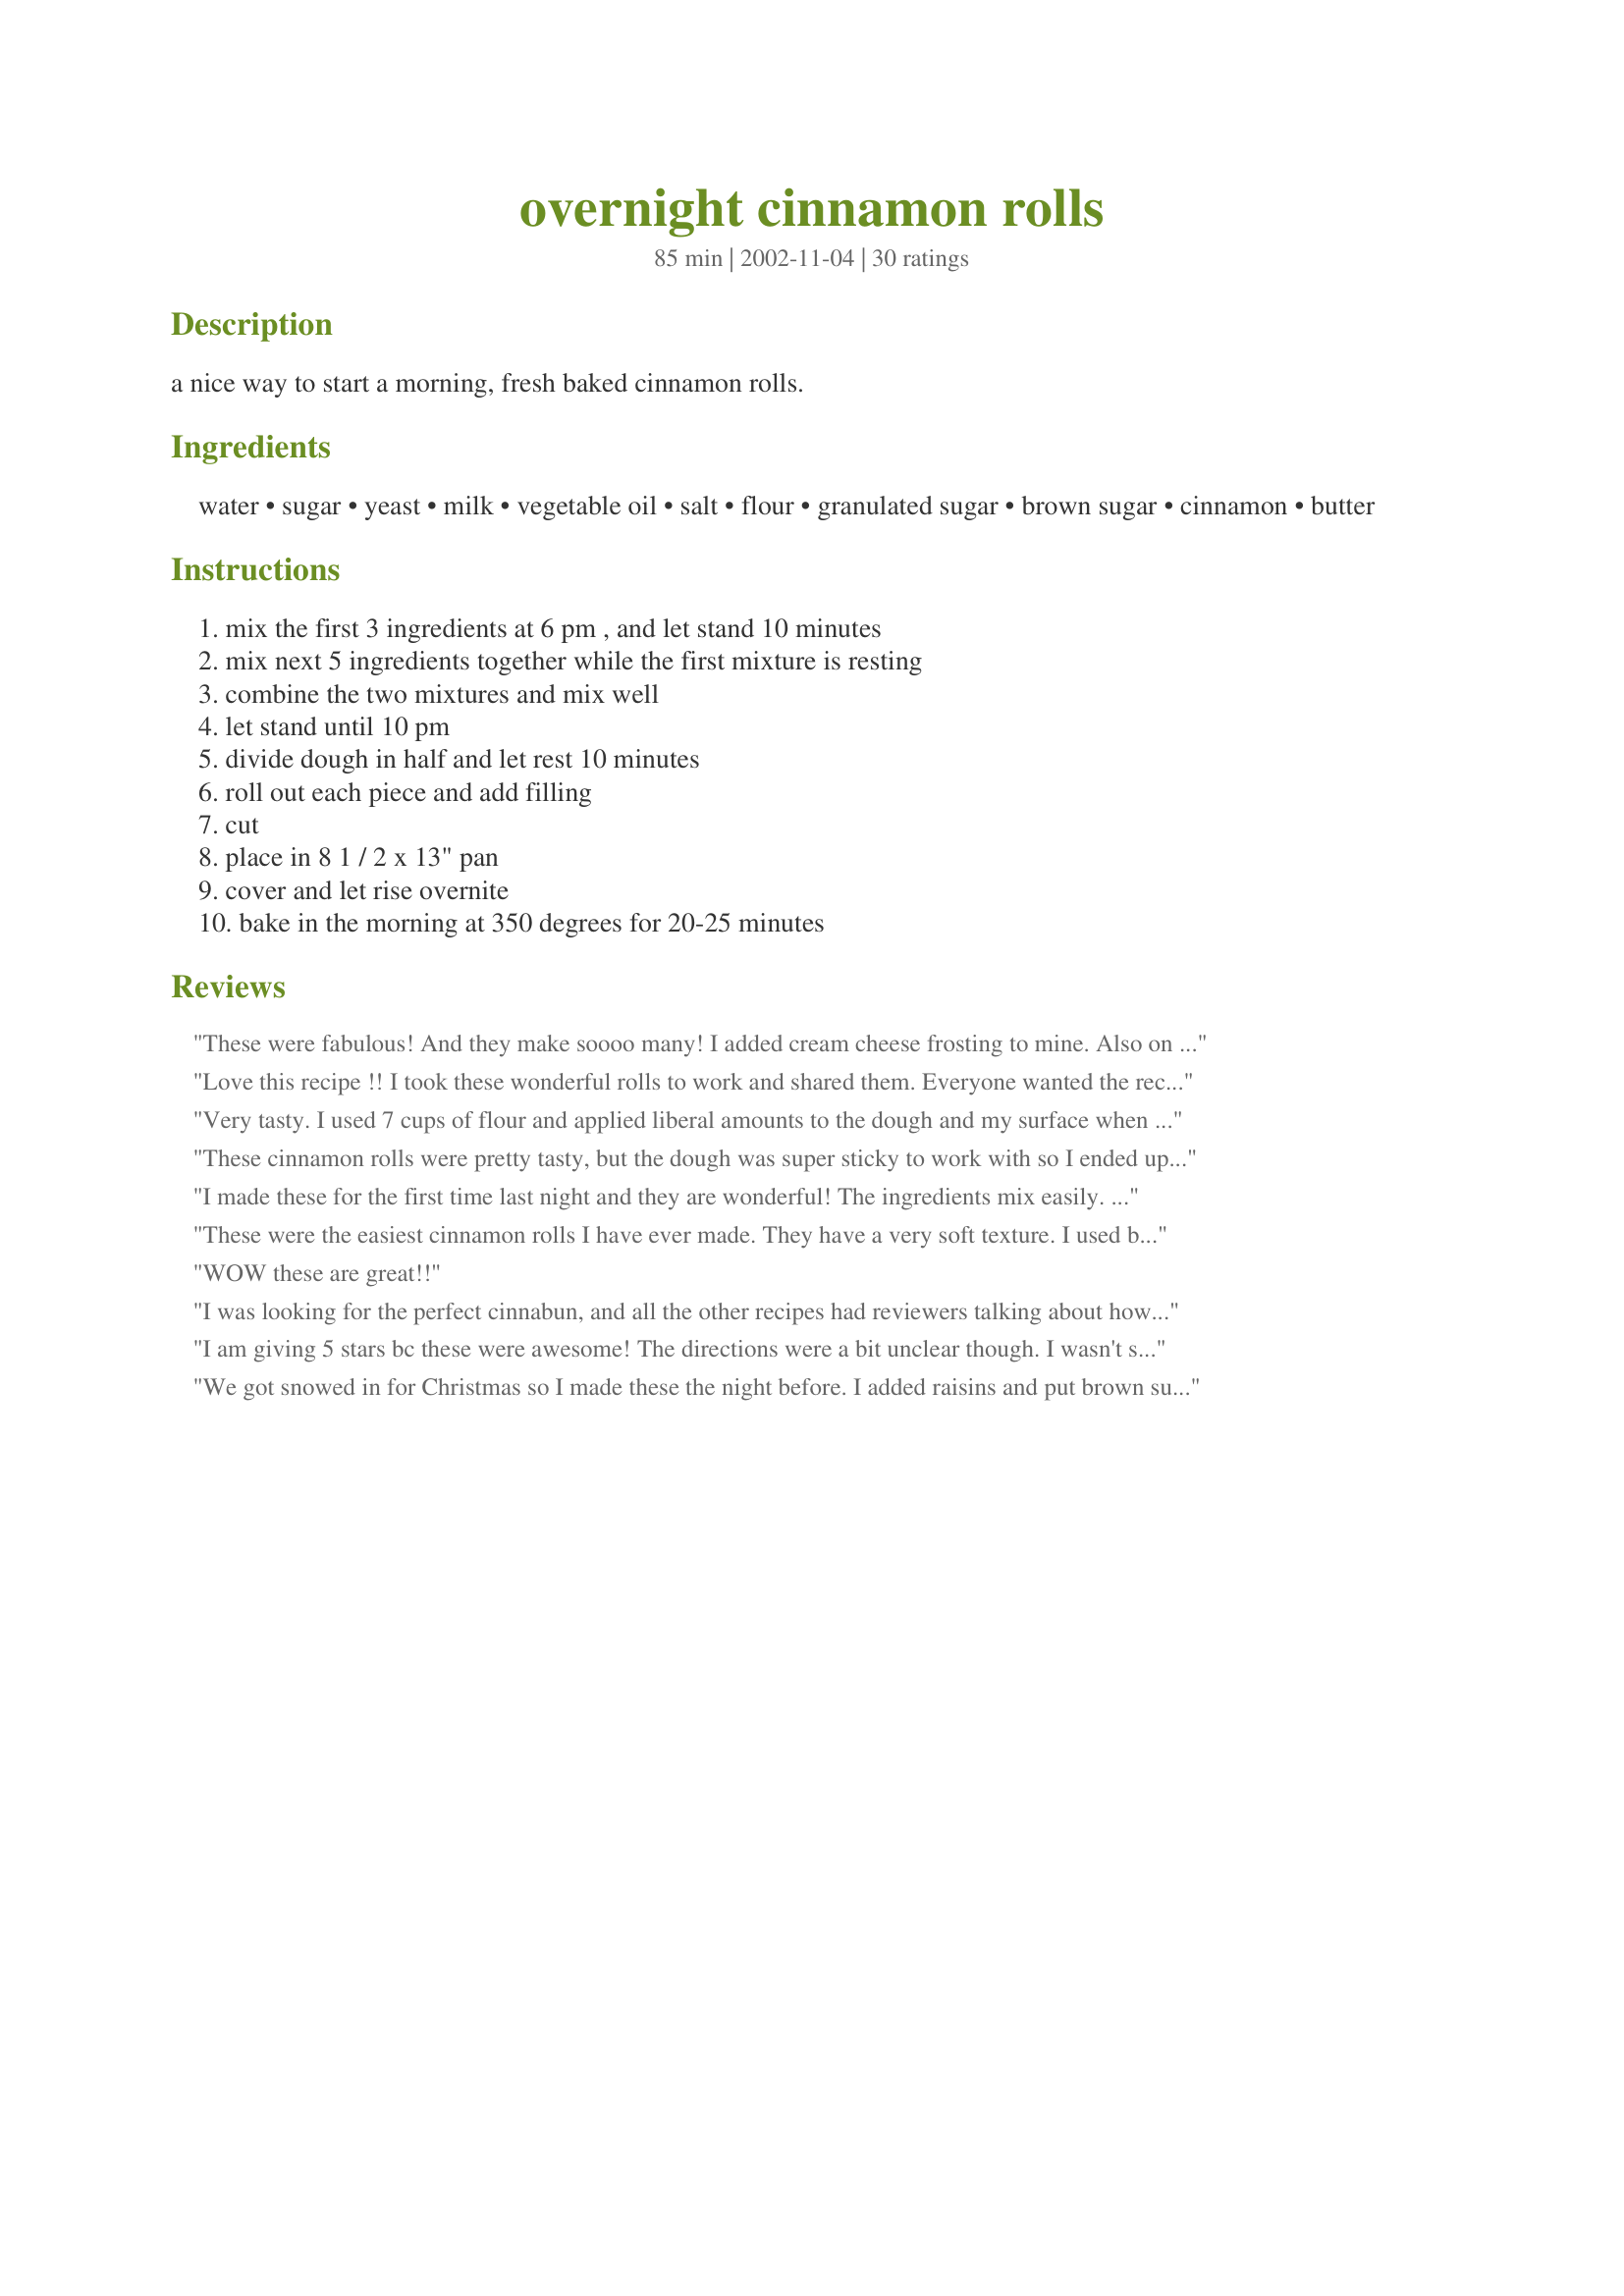
overnight cinnamon rolls
Preparation time: 85 minutes

a nice way to start a morning, fresh baked cinnamon rolls.

Ingredients:
water, sugar, yeast, milk, vegetable oil, salt, flour, granulated sugar, brown sugar, cinnamon, butter

Steps:
mix the first 3 ingredients at 6 pm , and let stand 10 minutes, mix next 5 ingredients together while the first mixture is resting, combine the two mixtures and mix well, let stand until 10 pm, divide dough in half and let rest 10 minutes, roll out each piece and add filling, cut, place in 8 1 / 2 x 13" pan, cover and let rise overnite, bake in the morning at 350 degrees for 20-25 minutes

Reviews:
These were fabulous! And they make soooo many! I added cream cheese frosting to mine. Also on half the batch I added chopped pecans and some caramel. Delicious! I loved simply popping them in the fridge in the morning. I do however wish there was further instruction as to what size to cut these because I had a LOT more then 10 rolls as the recipe stated, and I really had to squeeze them in the pan.
Love this recipe !! I took these wonderful rolls to work and shared them. Everyone wanted the recipe and, fought over taking the leftover rolls home ! ! I am planning to make them again soon !!
Very tasty. I used 7 cups of flour and applied liberal amounts to the dough and my surface when it came time to roll it because it was still very sticky. I used maybe half of the suggested amount of sugar in the filling and it was just sweet enough for me.
These cinnamon rolls were pretty tasty, but the dough was super sticky to work with so I ended up using a ton of extra flour so that I could add the filling and roll the dough. I was disappointed that the dough didn't right much, if at all, while it was in the refrigerator overnight but the rolls plumped up when they were in the oven but were still smaller than expected. I noticed that several of the other reviewers used the Rapid Rise yeast, which I didn't, so maybe that would have affected things. The cinnamon rolls ended up tasting good, especially after I topped them off with the Cinnabon cream cheese icing (Recipe #76864) so I would probably make them again.
I made these for the first time last night and they are wonderful! The ingredients mix easily. I followed the timing precisely and found that the dough rose beautifully. (I should mention that I turned the mixed dough out onto my countertop and kneaded it for 8 minutes after mixing, then removed it to an oiled bowl to let it rise.) The rolls are velvety smooth and soft and the brown sugar in the filling gives them a really rich flavor. It was so much better to make them the night before, and they rose in the refrigerator just to the top of my pan.

However, I can only give the recipe 4 stars because, as others indicated, the directions are incomplete and a bit unclear. I did the following:
1) I used 1-1/2 Tbsp cinnamon and 4 Tbsp melted butter in the filling (plus the two sugars)
2) I rolled each half out to a 9 x 18 rectangle, rolled them up into 9-inch long logs, then cut each into 1-1/2 inch pieces, giving a total of 12. Also, if you're confused, the recipe makes a single 9 x 13 pan, unless you like very short rolls.
3) I found that I had to cook them a lot longer than recommended, 35 minutes, and even then they might have been a bit underdone, depending on how gooey you like your cinnamon rolls. I covered them for the last 10 minutes to avoid overbrowning the tops
4) I made icing for mine, which I think most people would expect:
2 C powdered sugar
2 tsp vanilla
dash salt
4 Tbsp hot water
These were the easiest cinnamon rolls I have ever made. They have a very soft texture. I used bread flour & rapid rise yeast and had a very nice dough. I did knead on bread board for a couple minutes to smooth & mix more thoroughly. I baked for 27 minutes & middle rolls were not cooked enough. I might try using 2 smaller pans with 6 rolls each or bake 35 min. for the 9 x 13 pan. I took them to work & they were a big hit. Great recipe.
WOW these are great!!
I was looking for the perfect cinnabun, and all the other recipes had reviewers talking about how wonderful the cinnamon rolls were because they were soft and gooey in the middle. Yick! I want bread not dough! I tried this recipe, and this was actually my second time making it. It turned out great, but consider half-ing it if you don't have lots of people. We had to freeze some because we had way too many. Needs icing, but you can just mix milk and powdered sugar for that (a drop of vanilla and brown sugar help too). I just rubbed the butter on the dough with a knife when it came to that part of the recipe & only used a 1/4 of a cup.
I am giving 5 stars bc these were awesome! The directions were a bit unclear though. I wasn't sure if you left the dough in the same container it was mixed in for the first rest. I moved mine to a greased bowl and covered with a wet cloth. The dough was VERY sticky, I may have needed more flour, so I heavily floured my worktop for the second section bc the first stuck so badly. Worked great after that. I also was unsure of how much butter to use in the filling. So I followed the previous persons guide and used about 4 tbs per half. I just spread it on the dough as you would onto toast. I also wasn't sure if you should grease the baking pan so I did anyway and am glad I did bc I think they would have been solidly stuck. I had to work a bit to removed them from the pan, even with it being greased. I also used the cream cheese icing listed below and it was AWESOME! I will be making these again. This should be easy for even the most novice yeast dough/bread baker. Yummy!!!
Just to add my son is already begging me to make them again this week!

We didn't have anything to ice them with the last time I made them. THey are just as yummy naked. My kids ate them for three days at bf, they were in heaven, even without the sticky sweet topping.
We got snowed in for Christmas so I made these the night before. I added raisins and put brown sugar on top. They were excellent! My husband wanted sweeter so I made icing for the top. Next time I will add more brown sugar and cinnamon to the filling. Thanks for the recipe, it was my first attempt at cinnamon rolls from scratch :)
Very easy recipe.Well written instructions that I followed to the letter. The hardest part is waiting overnight! I made a thin powdered sugar frosting.
Yum! These rolls were delicious, and I love the ability to make them ahead of time.

Directions were a bit sketchy.

Also, I felt there was way too many rolls in the pan, and they did not cook in the time given. Next time I plan on making 18 rolls - using an 8x13" and a 9x9" pan. 12 rolls in the big pan, and 6 in the small one.

Thanks for sharing!
Fantastic rolls! I don't make cinnamon rolls that often because by the time I get them baked in the morning, the kids have long since left the kitchen. I have looked for an overnight recipe for true cinnamon rolls for sometime and might have known I'd find one here. This recipe worked really well for me. I used about 2-3 T butter on each half before adding the cinnamon sugar topping. Made 24 rolls which was a tight fit in a 9x13 pan. They rose beautifully in the fridge and were ready to go Christmas morning. Baking time was perfect at 25 minutes. I did add frosting, the recipe for which I stole from another recipe on this site: a stick of butter (8 T), 1 1/2 c powdered sugar, 1/4 c cream cheese, 1/2 t vanilla and 1/8 t salt. To die for and easy, what more could I ask? Thanks, podapo, for sharing your recipe!!
Gorgeous - especially the smell! Unfortunately I've never had these (I'm in UK which may explain it!) and had no idea what "cut" entailed! I found detailed instructions on #99272 - and also pinched the glaze recipe from there too! They remind me very much of Danish pastries. A great hit with the 3 of us, so thank you!
These were a big hit at my house. True, the recipe lacks some details, but experienced cooks will know what to do. I am amazed that the yield is supposed to be 10 rolls, because I made 36 rolls and they didn't all fit in a single jelly roll pan. If made into huge 10 rolls, they probably are dry, as some reviewers have commented. Made into 36 smaller rolls, they were just right, in my opinion. To make 36 rolls: pat the dough into a rectangle 36 x 12 inches and spread 1/2 cup of soft butter gently on the rectangle. Mix 1/2 cup granulated sugar, 1/2 cup brown sugar, and 2 tablespoons of cinnamon, sprinkle it over the entire surface and then rub or pat it into the butter. Carefully roll everything and pinch the end in place. Then cut 1 inch slices with a sharp knife and arrange in the pan of your choice, leaving 1/2 inch spaces all around to allow room for rising. These are not gooey rolls, so it is a good idea to lightly grease the bottom and sides of whatever baking pan(s) you use.
My first try at cinnamon rolls and they came out perfect! I had actually never made any kind of yeast bread before. This is an awesome recipe, I'll be using it a lot!
a good tasting cinnamon roll the brown sugar gives it a distinct taste. I loved being able to make this the night before as cinnamon rolls are a lot of work to do first thing in the morning. Recipe is a little unclear, not sure what pan to cook in, not sure what cinnamon butter is so I used 3 tablespoons of butter mixed with 2 teaspoons of cinnamon and I did not leave them out overnight I put them in the fridge as I was unsure. Easy recipe and wonderful smelling while baking. Definite 5 star with clearer directions. I also topped these with cream cheese frosting :)
These were tasty but a little dry. I noticed that on the bottom side of the rolls it looked pretty "ooey-gooey" so maybe more filling will make the difference. Next time I'll use more filling and see if that makes a difference. Also it was unusual to see the recipe called for adding the yeast water AFTER the warm milk and flour come together. It was difficult to mix in the yeast water at that stage. Next time I'll bring all the wet ingredients together before the flour. Overall, these were not as great as I wanted them to be but I loved the convenience of putting them together the night before and having them ready to bake in the a.m. I will definitely try this recipe again and I expect much better results.
I have made many cinnamon roll recipes that claim to be the best; however, this recipe has given me the best results of any of them. I use my bread machine dough cycle to make the dough. We have used this recipe for our Christmas morning cinnamon rolls for the past two years. I tend to make my rolls quite large, so they do have to be cooked a bit longer and covered with foil at some point to prevent overcooking the tops of them. Depending on how pressed for time I am, I will either make a frosting to go on these, or sometimes I'll just cheat and top them with some cream cheese frosting purchased from the store. I find it only takes half a tub (or less) of frosting if using store-bought, so I just freeze the rest of the frosting for the next time I make cinnamon rolls. Often, I'll feel guilty for sabotaging my diet with something so full of calories and fat, but these cinnamon rolls are so good that I don't even feel guilty occasionally having them. They are worth every calorie, making this a satisfying splurge! I don't make these too often, as we usually try to stick to healthier fare for breakfast; however, whenever something special is to be celebrated (holidays, graduations, etc.), these are what always gets made at our house. We love them, and any leftovers can be individually wrapped and frozen for some lucky person to grab later for a quick treat!
These were fantastic. I am familiar with yeast doughs so the the less than detailed instructions weren't an issue...and my batch made about 22 very generous sized rolls. I baked one immediately out of the oven and they were so delicious! I ACCIDENTALLY left the second pan on the counter while we went to church and when we returned (after about 4 hours at room temp) they were HUGE!!! I baked them and WOW. Chewy, tender GIANORMOUS cinnamon rolls. A family favorite every Sunday now...Thanks!
Po, you are sooooo right about starting the morning with these cinnamon rolls. WOW! Very, very, very, good! Made in deep dish pie plates and frozen one. Thanks for posting. Caroline
i used 3 cps whole wheat and 4 cps all purpose flour. I didnt need to add any flour to roll it out. I used 1/2 cp butter in the filling and spread that over each rolled out section before cutting it into 1 1/2 inch strips and rolling them up. Made 15 rolls for me in a 11x15" pan. i didn't preheat the oven, and after 30 minutes I still wasn't happy. I think they needed more room to cook properly. It took 60 mins. I used cream cheese icing 1.5 cps confectioners sugar, 1/4 cps cream cheese, .5tsp vanilla, pinch of salt, 30 secs in microwave stir it up spread it over hot rolls.
I am in no way a yeast bread aficinado, but these rolls turned out perfect! The only thing I changed was I used half regular flour and half bread flour. I only used a little over 6 cups.

These were undescribly yummy! This recipe is a keeper.
I made these for Christmas morning. My family said they were great. I liked the fact I could make them ahead of time and have an easy breakfast. Thanks for the recipe.
Thanks Podapo, for this wonderful recipe. My family just love it. I baked it one morning at breakfast and they just ate the rolls and skip all the other food at breakfast time. I like the dough,when it's baked,flaky and soft. Does it have something to do with leaving it overnight inside the refrigerator? For topping:i just added sugar syrup boiled with a little cinnamon powder,a little butter and some chopped walnuts until syrupy in consistency. Easy to make and Delicious! Thanks...
These were superb! I will definitely increase the filling next time but otherwise these were spot on!
This was perfect for my birthday party because i could do all the work before hand! i did as directed but i started it at noon instead of 6:00. Worked out great!
Thanks for the recipe!
These rolls turned out really good. I was a little concerned that my dough really didn't rise too much (probably me, I have a hard time with yeast) but turned out tasting wonderful! Great Recipe!!
Podapo, thank you for such an easy and wonderful recipe! In the past, I had difficult making anything that required yeast, because in the end, the final product would turn out like a rock! Not anymore! I used Fleischmann's RapidRise yeast. I also preheated my oven to 200F to warm it up, and then turned off the oven, waited 5 minutes, then placed the dough in. Brushing the bottom of the pan with a little unsalted butter before placing the rolls was another thing that I tried. Overall a wonderful recipe, to be made again and again. Thank you so much podapo for a winner.
I used half whole wheat flour and half regular white flour, and it gave it a lovely tan color. I was a little confused about how to roll out and then roll up the dough since I'm new to cinnamon rolls and the directions weren't totally clear on that.(mine come out like hockey pucks so i generally don't even try anymore.) But these were quite easy and SO GREAT to just put in the oven first thing in the morning. Great texture and flavor. Thank you for a yummy recipe!
